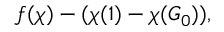
f ( \chi ) - ( \chi ( 1 ) - \chi ( G _ { 0 } ) ) ,